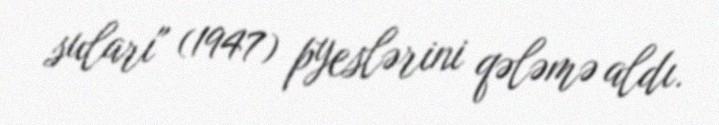
suları" (1947) pyeslərini qələmə aldı.